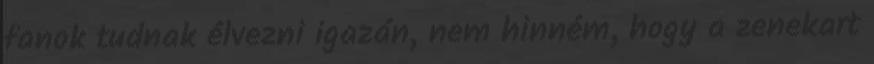
fanok tudnak élvezni igazán, nem hinném, hogy a zenekart